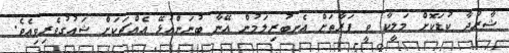
ޝާރުދާ ކުޑަކޮށް މަލީކާ ވީ ފަރާތަށް އެނބުރިލަމުން އޭނާ ބުނަންއުޅޭ އެއްޗަކަށް ޝައުގުވެރިވިއެވެ.